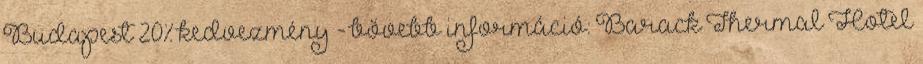
Budapest 20% kedvezmény - bővebb információ: Barack Thermal Hotel